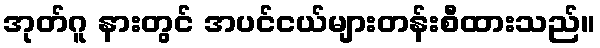
အုတ်ဂူ နားတွင် အပင်ငယ်များတန်းစီထားသည်။